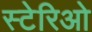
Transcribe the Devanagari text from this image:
स्टेरिओ